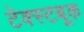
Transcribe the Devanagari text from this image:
टेक्स्टबूक